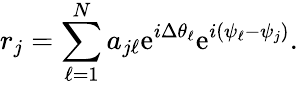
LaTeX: r_{j}=\sum_{\ell=1}^{N}a_{j\ell}\mathrm{e}^{i\Delta\theta_{\ell}}\mathrm{e}^{i\left(\psi_{\ell}-\psi_{j}\right)}.